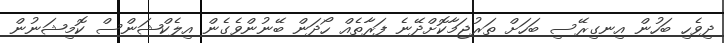
ދިވެހި ބަހުން އިނގިރޭސި ބަހަށް ތަރުޖަމާކޮށްދޭނެ ފަރާތެއް ހޯދަން ބޭނުންވެގެން އިލެކްޝަންސް ކޮމިޝަނުން